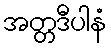
အတ္တဒီပါနံ